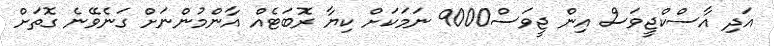
އަދި އާސްކްޖީވަސް އިން ޖީވަސް9000 ނަމަކަށް ކިޔާ ރޮބަޓެއް އާންމުންނަށް ގަނެވޭނެ ގޮތަށް